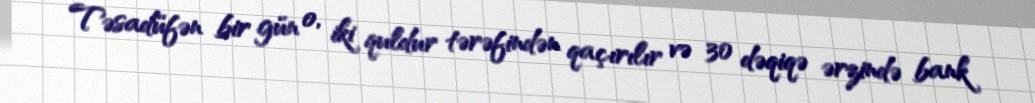
Təsadüfən bir gün o, iki quldur tərəfindən qaçırılır və 30 dəqiqə ərzində bank